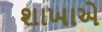
શાખાએ